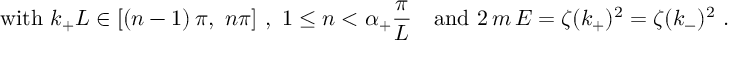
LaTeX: \mathrm { w i t h } \ k _ { + } L \in [ ( n - 1 ) \, \pi , \ n \pi ] \ , \ 1 \leq n < \alpha _ { + } \frac \pi L \quad \mathrm { a n d } \ 2 \, m \, E = \zeta ( k _ { + } ) ^ { 2 } = \zeta ( k _ { - } ) ^ { 2 } \ . \nonumber